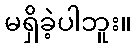
မရှိခဲ့ပါဘူး။